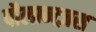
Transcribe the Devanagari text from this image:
पौलान्त्ज़स